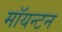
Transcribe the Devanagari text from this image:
मॉयन्टन